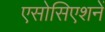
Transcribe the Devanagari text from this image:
एसोसिएशनें